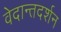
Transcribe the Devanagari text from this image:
वेदान्तदर्शन